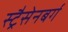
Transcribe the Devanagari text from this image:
स्ट्रैसेनबर्ग